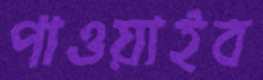
পাওয়াইব